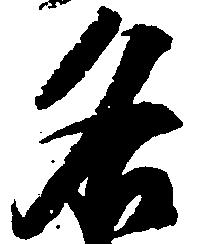
名